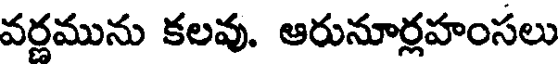
వర్ణమును కలవు. ఆరునూర్లహంసలు